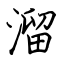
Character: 溜